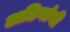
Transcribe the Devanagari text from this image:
अडिगांनी